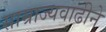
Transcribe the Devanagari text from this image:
साम्राज्यवाढीने